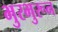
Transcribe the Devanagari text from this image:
भुरभुरून